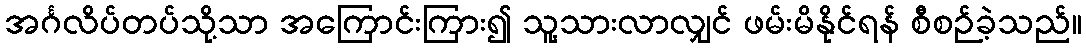
အင်္ဂလိပ်တပ်သို့သာ အကြောင်းကြား၍ သူ့သားလာလျှင် ဖမ်းမိနိုင်ရန် စီစဉ်ခဲ့သည်။